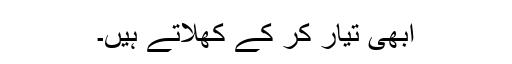
ابھی تیار کر کے کھلاتے ہیں۔